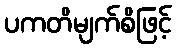
ပကတိမျက်စိဖြင့်